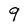
Character: 9